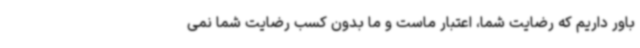
باور داریم که رضایت شما، اعتبار ماست و ما بدون کسب رضایت شما نمی‌